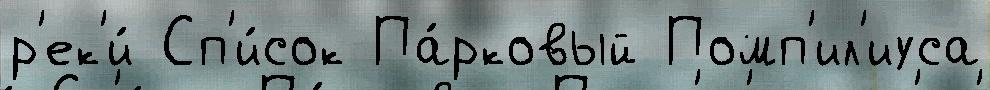
р'ек'и́ Сп'и́сок Па́рковый Помп'ил'иуса